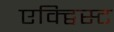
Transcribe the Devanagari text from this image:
एक्ट्विस्ट